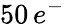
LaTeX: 50\, e^{-}